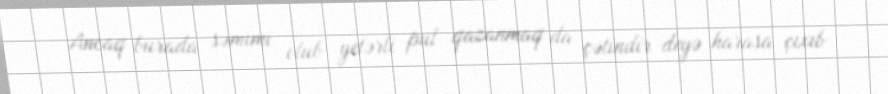
Ancaq burada səmimi olub yetərli pul qazanmaq da çətindir deyə harasa çıxıb